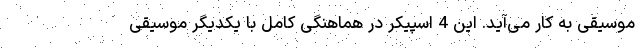
موسیقی به کار می‌آید. این 4 اسپیکر در هماهنگی کامل با یکدیگر موسیقی